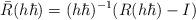
LaTeX: \begin{align*}\bar R (h\hbar)= (h\hbar)^{-1}(R(h\hbar)-I)\end{align*}